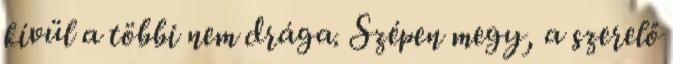
kívül a többi nem drága. Szépen megy, a szerelő